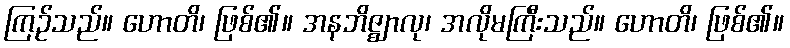
ကြဉ်သည်။ ဟောတိ၊ ဖြစ်၏။ အနဘိဇ္ဈာလု၊ အလိုမကြီးသည်။ ဟောတိ၊ ဖြစ်၏။